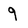
Character: 9